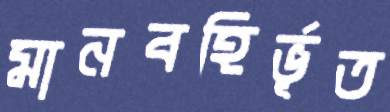
মানবহির্ভূত